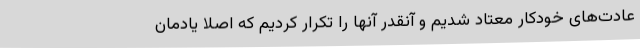
عادت‌های خودکار معتاد شدیم و آنقدر آنها را تکرار کردیم که اصلا یادمان